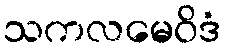
သကလမေဝိဒံ